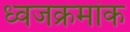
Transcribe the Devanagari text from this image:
ध्वजक्रमांक